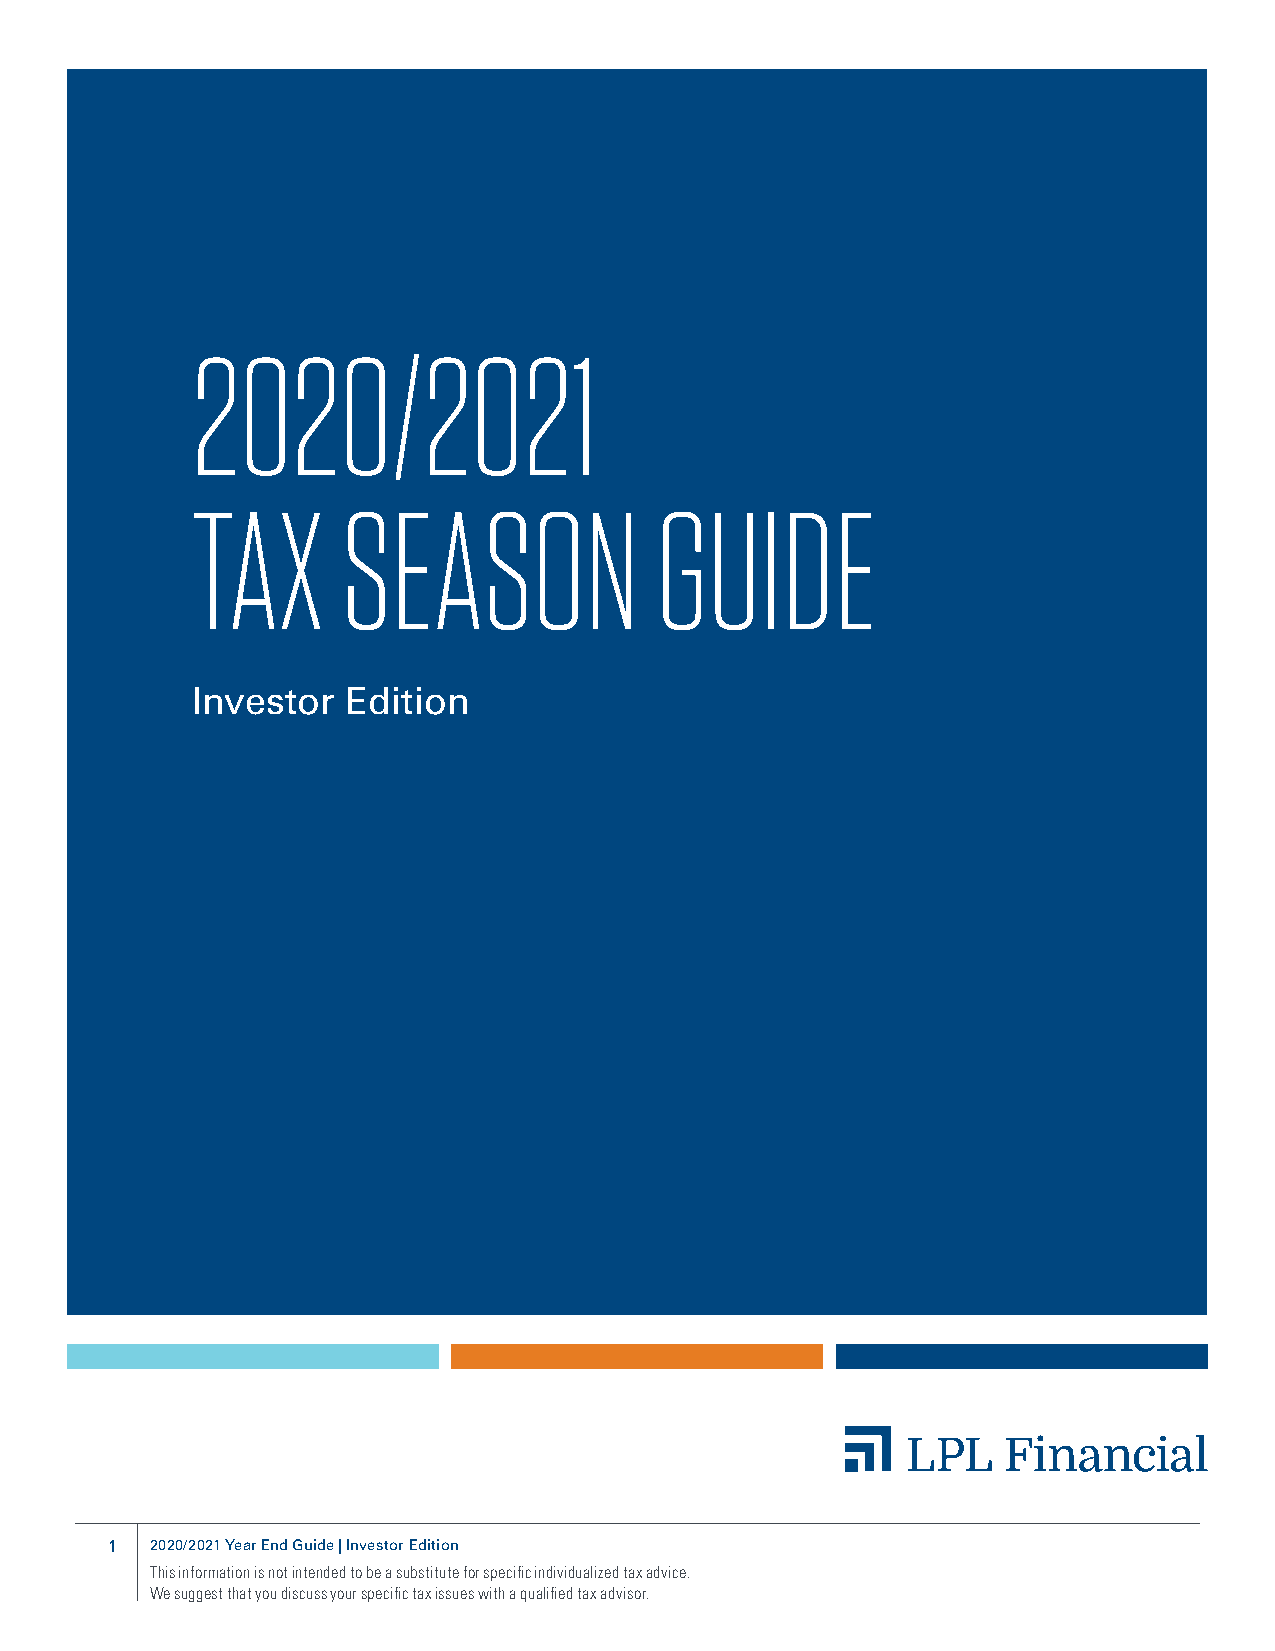
2020/2021
 TAX       SEASON              GUIDE
 Investor  Edition
 1  2020/2021 Year End Guide | Investor Edition
 This information is not intended to be a substitute for specific individualized tax advice.
 We suggest that you discuss your specific tax issues with a qualified tax advisor.